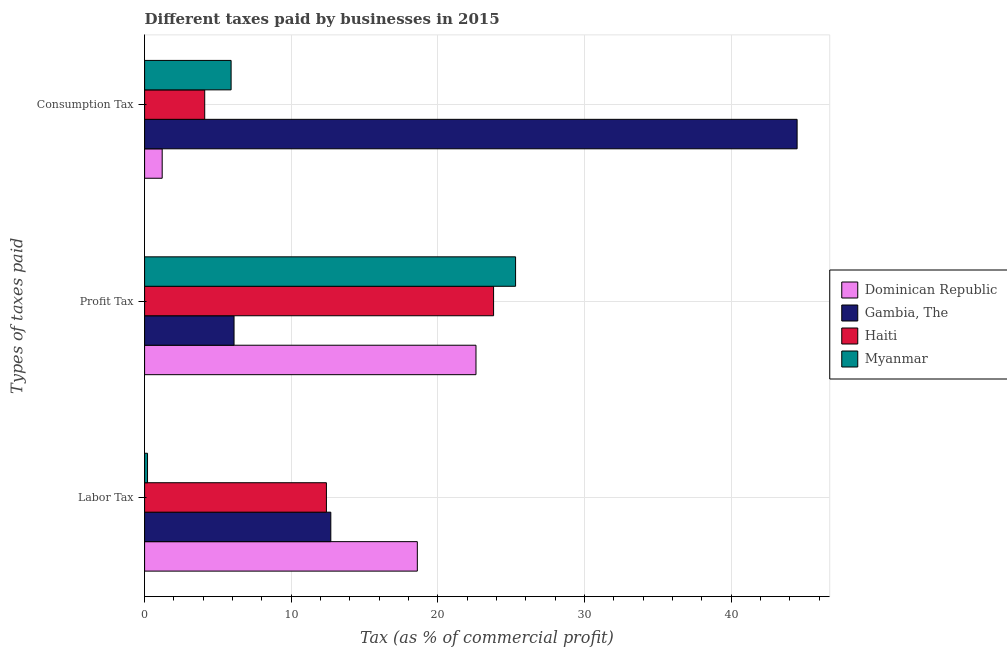
| Types of taxes paid | Dominican Republic | Gambia, The | Haiti | Myanmar |
 | --- | --- | --- | --- | --- |
 | Labor Tax | 18.6 | 12.7 | 12.4 | 0.2 |
 | Profit Tax | 22.6 | 6.1 | 23.8 | 25.3 |
 | Consumption Tax | 1.2 | 44.5 | 4.1 | 5.9 |